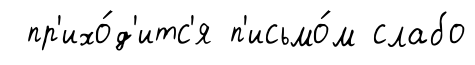
пр'ихо́д'итс'я п'исьмо́м слабо